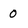
Character: 0